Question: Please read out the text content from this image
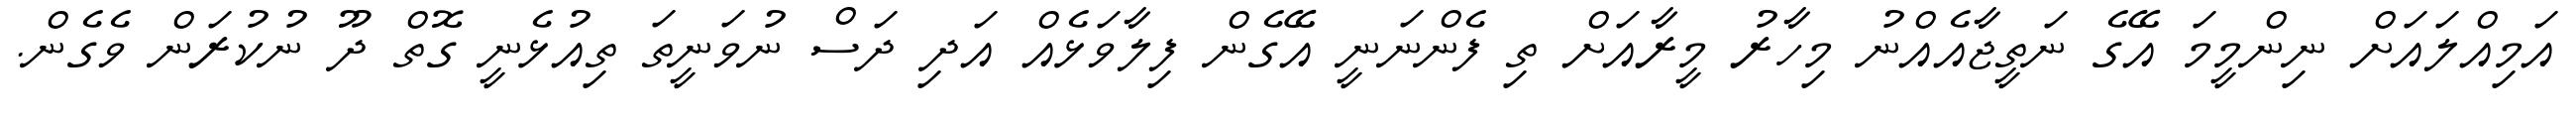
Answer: އަމިއްލައަށް ނިންމީމަ އޭގެ ނަތީޖާއެއްނު މިހާރު މީރާއަށް ތި ފެންނަނީ އޭގެން ފިލާވަޅެއް އަދި ދަސް ނުވަނީތަ ތިއުޅެނީ ގޮތް ދޫ ނުކުރަން ވެގެން.